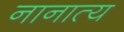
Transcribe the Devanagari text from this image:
नानात्य